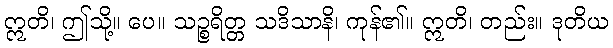
ဣတိ၊ ဤသို့။ ပေ။ သဉ္စရိတ္တ သဒိသာနိ၊ ကုန်၏။ ဣတိ၊ တည်း။ ဒုတိယ